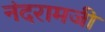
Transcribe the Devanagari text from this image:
नंदरामजी